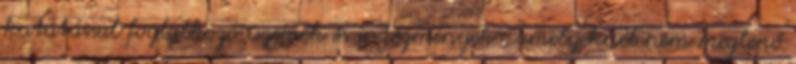
kutatással foglalkozó üzemek és intézmények , amelyeknél nem meglepő